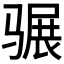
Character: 𩨍